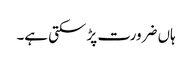
ہاں ضرورت پڑ سکتی ہے۔